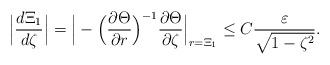
LaTeX: \begin{align*}\Big|\frac{d\Xi_1}{d\zeta}\Big|=\Big|-\Big(\frac{\partial\Theta}{\partial r}\Big)^{-1}\frac{\partial\Theta}{\partial\zeta}\Big|_{r=\Xi_1}\leq C\frac{\varepsilon}{\sqrt{1-\zeta^2}}. \end{align*}